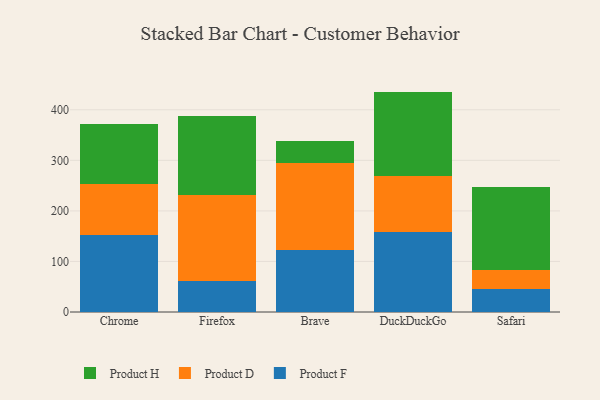
{"axis": {"x": "Browser", "y": "Energy Usage (MWh)"}, "legend": ["Product D", "Product F", "Product H"], "data": [{"x": "Chrome", "y": 153.3, "type": "Product F"}, {"x": "Chrome", "y": 99.5, "type": "Product D"}, {"x": "Chrome", "y": 120.0, "type": "Product H"}, {"x": "Firefox", "y": 61.0, "type": "Product F"}, {"x": "Firefox", "y": 170.8, "type": "Product D"}, {"x": "Firefox", "y": 156.3, "type": "Product H"}, {"x": "Brave", "y": 122.4, "type": "Product F"}, {"x": "Brave", "y": 172.2, "type": "Product D"}, {"x": "Brave", "y": 43.8, "type": "Product H"}, {"x": "DuckDuckGo", "y": 157.9, "type": "Product F"}, {"x": "DuckDuckGo", "y": 110.4, "type": "Product D"}, {"x": "DuckDuckGo", "y": 167.7, "type": "Product H"}, {"x": "Safari", "y": 45.5, "type": "Product F"}, {"x": "Safari", "y": 37.0, "type": "Product D"}, {"x": "Safari", "y": 164.0, "type": "Product H"}]}